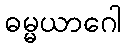
ဓမ္မယာဂေါ